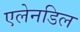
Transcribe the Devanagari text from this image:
एलेनडिल